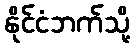
နိုင်ငံဘက်သို့